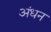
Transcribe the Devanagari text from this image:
अंधन